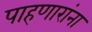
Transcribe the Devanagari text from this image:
पाहणारांना